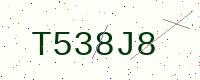
Text: T538J8